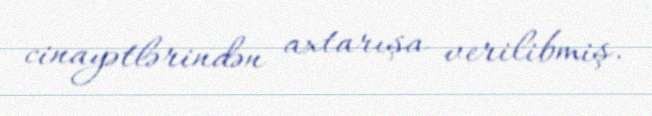
cinayətlərindən axtarışa verilibmiş.